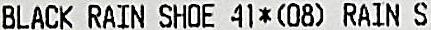
BLACK RAIN SHOE 41*(08) RAIN S